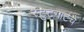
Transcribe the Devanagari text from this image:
स्टुटगार्टचे